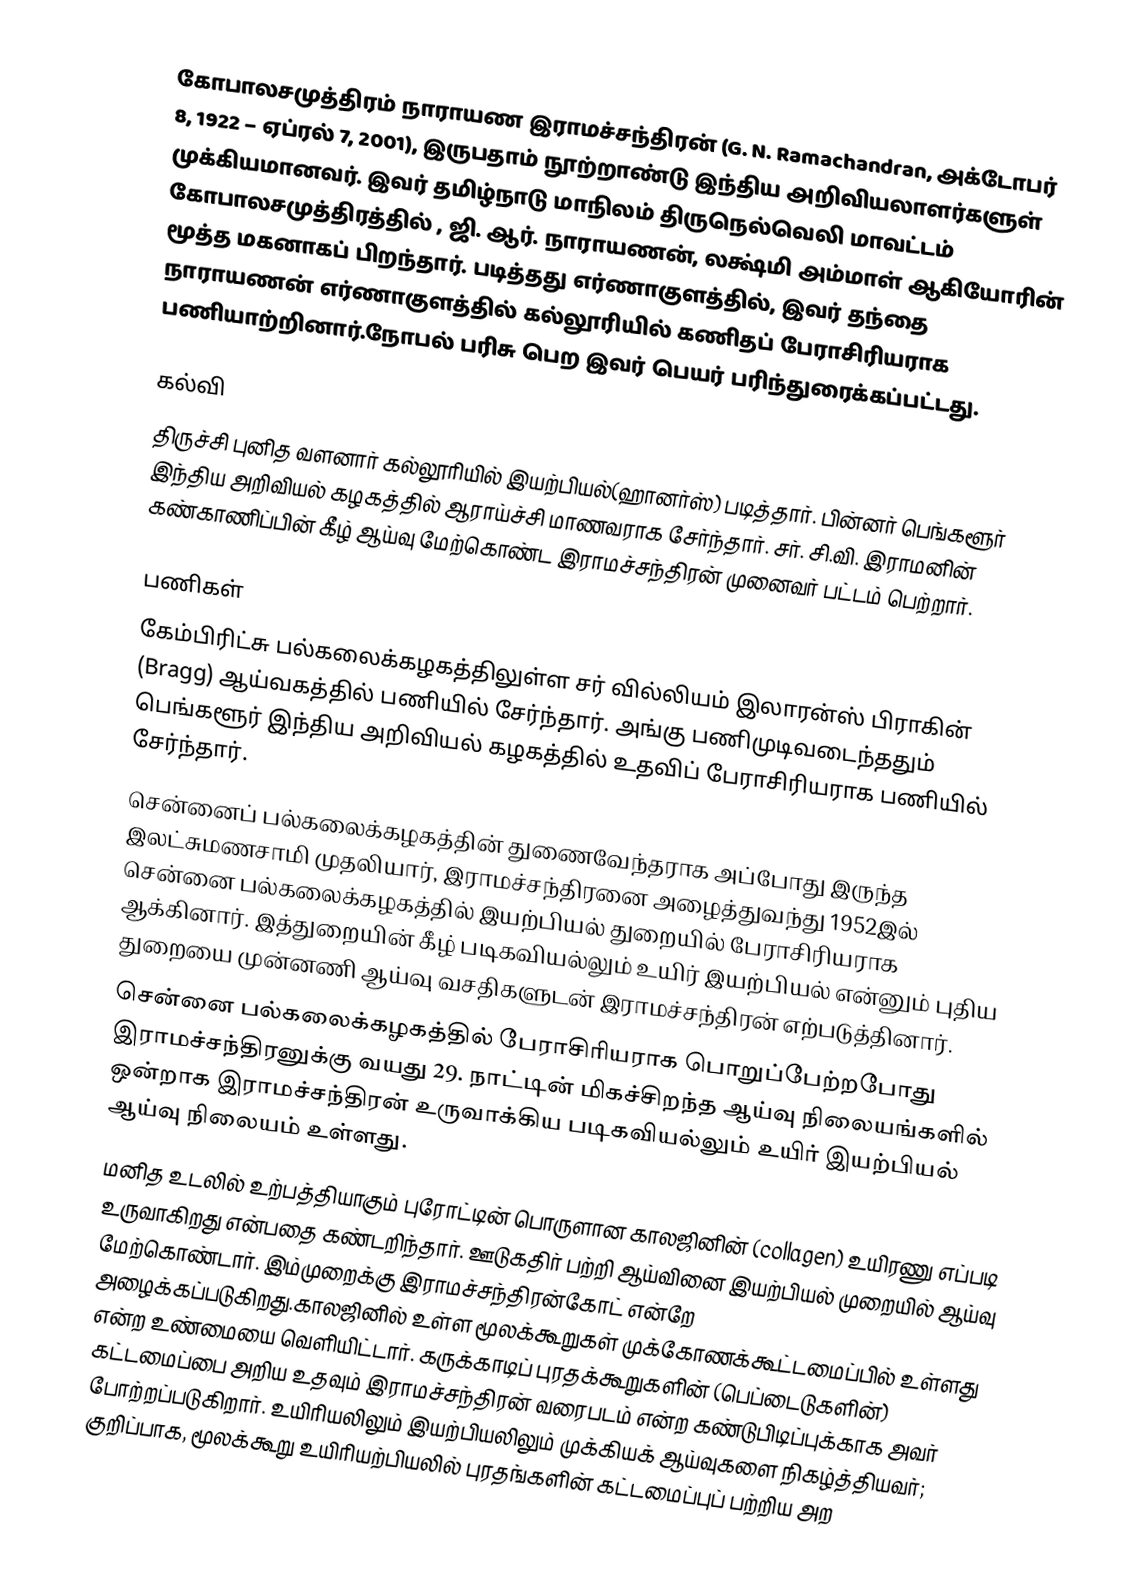
கோபாலசமுத்திரம் நாராயண இராமச்சந்திரன் (G. N. Ramachandran, அக்டோபர் 8, 1922 – ஏப்ரல் 7, 2001), இருபதாம் நூற்றாண்டு இந்திய அறிவியலாளர்களுள் முக்கியமானவர். இவர் தமிழ்நாடு மாநிலம் திருநெல்வெலி மாவட்டம் கோபாலசமுத்திரத்தில் , ஜி. ஆர். நாராயணன், லக்ஷ்மி அம்மாள் ஆகியோரின் மூத்த மகனாகப் பிறந்தார். படித்தது எர்ணாகுளத்தில், இவர் தந்தை நாராயணன் எர்ணாகுளத்தில் கல்லூரியில் கணிதப் பேராசிரியராக பணியாற்றினார்.நோபல் பரிசு பெற இவர் பெயர் பரிந்துரைக்கப்பட்டது.

கல்வி
திருச்சி புனித வளனார் கல்லூரியில் இயற்பியல்(ஹானர்ஸ்) படித்தார். பின்னர் பெங்களூர் இந்திய அறிவியல் கழகத்தில் ஆராய்ச்சி மாணவராக சேர்ந்தார். சர். சி.வி. இராமனின் கண்காணிப்பின் கீழ் ஆய்வு மேற்கொண்ட இராமச்சந்திரன் முனைவர் பட்டம் பெற்றார்.

பணிகள்
கேம்பிரிட்சு பல்கலைக்கழகத்திலுள்ள சர் வில்லியம் இலாரன்ஸ் பிராகின் (Bragg) ஆய்வகத்தில் பணியில் சேர்ந்தார். அங்கு பணிமுடிவடைந்ததும் பெங்களூர் இந்திய அறிவியல் கழகத்தில் உதவிப் பேராசிரியராக பணியில் சேர்ந்தார்.
சென்னைப் பல்கலைக்கழகத்தின் துணைவேந்தராக அப்போது இருந்த இலட்சுமணசாமி முதலியார், இராமச்சந்திரனை அழைத்துவந்து 1952இல் சென்னை பல்கலைக்கழகத்தில் இயற்பியல் துறையில் பேராசிரியராக ஆக்கினார். இத்துறையின் கீழ் படிகவியல்லும் உயிர் இயற்பியல் என்னும் புதிய துறையை முன்னணி ஆய்வு வசதிகளுடன் இராமச்சந்திரன் எற்படுத்தினார்.
சென்னை பல்கலைக்கழகத்தில் பேராசிரியராக பொறுப்பேற்றபோது இராமச்சந்திரனுக்கு வயது 29. நாட்டின் மிகச்சிறந்த ஆய்வு நிலையங்களில் ஒன்றாக இராமச்சந்திரன் உருவாக்கிய படிகவியல்லும் உயிர் இயற்பியல் ஆய்வு நிலையம் உள்ளது.
மனித உடலில் உற்பத்தியாகும் புரோட்டின் பொருளான காலஜினின் (collagen) உயிரணு எப்படி உருவாகிறது என்பதை கண்டறிந்தார். ஊடுகதிர் பற்றி ஆய்வினை இயற்பியல் முறையில் ஆய்வு மேற்கொண்டார். இம்முறைக்கு இராமச்சந்திரன்கோட் என்றே அழைக்கப்படுகிறது.காலஜினில் உள்ள மூலக்கூறுகள் முக்கோணக்கூட்டமைப்பில் உள்ளது என்ற உண்மையை வெளியிட்டார். கருக்காடிப் புரதக்கூறுகளின் (பெப்டைடுகளின்) கட்டமைப்பை அறிய உதவும் இராமச்சந்திரன் வரைபடம் என்ற கண்டுபிடிப்புக்காக அவர் போற்றப்படுகிறார். உயிரியலிலும் இயற்பியலிலும் முக்கியக் ஆய்வுகளை நிகழ்த்தியவர்; குறிப்பாக, மூலக்கூறு உயிரியற்பியலில் புரதங்களின் கட்டமைப்புப் பற்றிய அற